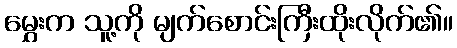
မွှေးက သူ့ကို မျက်စောင်းကြီးထိုးလိုက်၏။